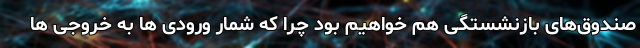
صندوق‌های بازنشستگی هم خواهیم بود چرا که شمار ورودی ها به خروجی ها